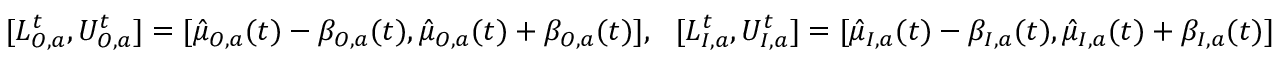
\begin{array} { r } { [ L _ { O , a } ^ { t } , U _ { O , a } ^ { t } ] = [ \hat { \mu } _ { O , a } ( t ) - \beta _ { O , a } ( t ) , \hat { \mu } _ { O , a } ( t ) + \beta _ { O , a } ( t ) ] , \ \ [ L _ { I , a } ^ { t } , U _ { I , a } ^ { t } ] = [ \hat { \mu } _ { I , a } ( t ) - \beta _ { I , a } ( t ) , \hat { \mu } _ { I , a } ( t ) + \beta _ { I , a } ( t ) ] } \end{array}